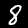
Digit: 8